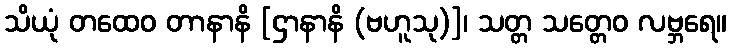
သိယုံ တထေဝ တာနာနိ [ဌာနာနိ (ဗဟူသု)]၊ သတ္တ သတ္တေဝ လဗ္ဘရေ။